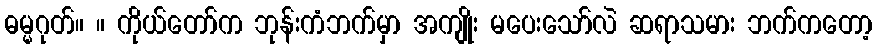
ဓမ္မဂုတ်။ ။ ကိုယ်တော်က ဘုန်းကံဘက်မှာ အကျိုး မပေးသော်လဲ ဆရာသမား ဘက်ကတော့